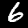
Digit: 6